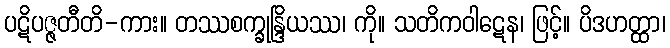
ပဋိပဇ္ဇတီတိ-ကား။ တဿစက္ခုန္ဒြိယဿ၊ ကို။ သတိကဝါဋေန၊ ဖြင့်။ ပိဒဟတ္ထာ၊